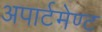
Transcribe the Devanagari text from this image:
अपार्टमेण्ट